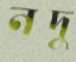
নদু